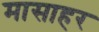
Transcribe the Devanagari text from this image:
मासाहर